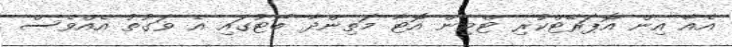
އެއާ އިން އޮޕަރޭޓްކުރި ޓްވިން އޮޓާ މަތިންދާ ބޯޓުގައި އެ ވަގުތު އެއްވެސް